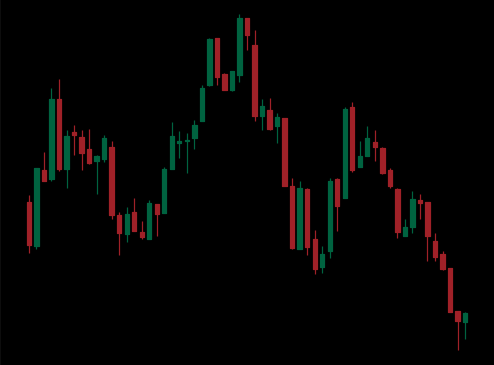
Pattern: head_shoulders